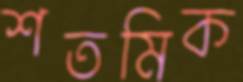
শতমিক